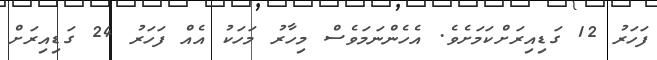
ފަހަރު 12 ގަޑިއިރަށްކަމަށެވެ. އެހެންނަމަވެސް މިހާރު މަހަކު އެއް ފަހަރު 24 ގަޑިއިރަށް